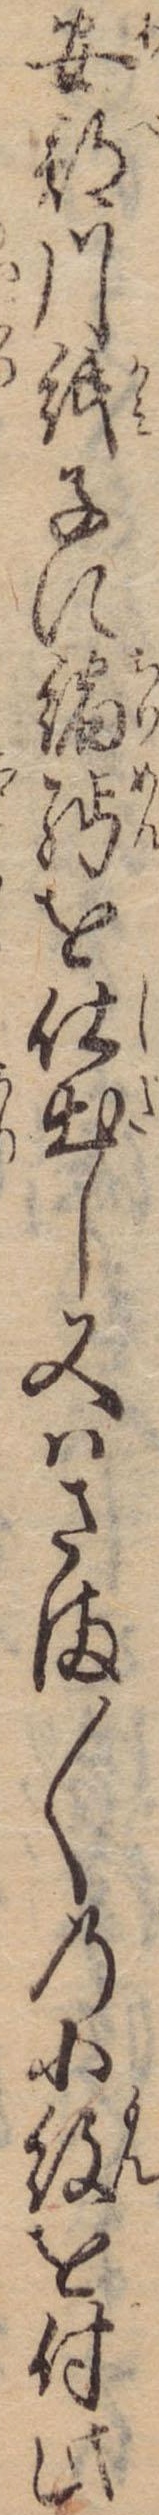
安部川紙子に縮綿を仕出し又はさま〱の小紋を付此